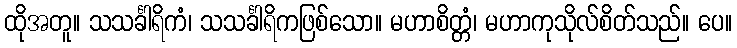
ထိုအတူ။ သသင်္ခါရိကံ၊ သသင်္ခါရိကဖြစ်သော။ မဟာစိတ္တံ၊ မဟာကုသိုလ်စိတ်သည်။ ပေ။